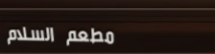
مطعم السلام